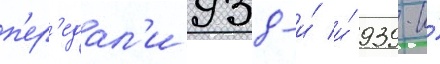
п'ер'едал'и 938-и́ и́ 939-и́